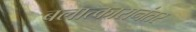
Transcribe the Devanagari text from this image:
बलात्कारानंतर